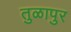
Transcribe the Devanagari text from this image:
तुळापुर